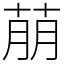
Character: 萠